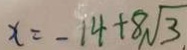
x = - 1 4 + 8 \sqrt { 3 }